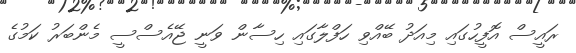
ރައީސް އޮފީހުގައި މިއަދު ބޭއްވި ހަފްލާގައި ހިސާން ވަނީ ޖޭއެސްސީ މެންބަރު ކަމުގެ